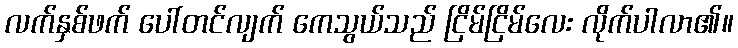
လက်နှစ်ဖက် ပေါ်တင်လျက် ကေသွယ်သည် ငြိမ်ငြိမ်လေး လိုက်ပါလာ၏။